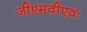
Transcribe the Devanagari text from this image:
जीएमवीएवः